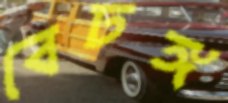
বেঢঙ্গ